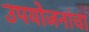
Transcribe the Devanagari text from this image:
उपयोजनांचा